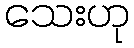
သေးဟု